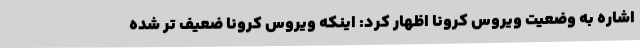
اشاره به وضعیت ویروس کرونا اظهار کرد: اینکه ویروس کرونا ضعیف تر شده